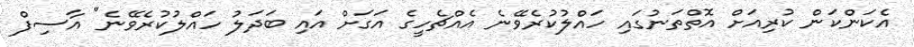
އެކަންކަން ކުރިއަށް އޮތްތަނުގައި ހައްލުކުރެވޭނެ އެއްޗެހީގެ އަގަށް އައި ބަދަލު ހައްލުކުރެވޭނެ" އާސިފް